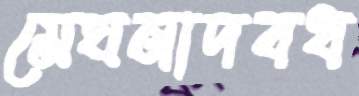
মেঘনাদবধ